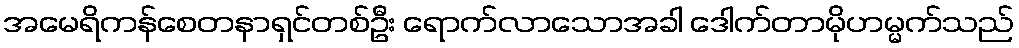
အမေရိကန်စေတနာရှင်တစ်ဦး ရောက်လာသောအခါ ဒေါက်တာမိုဟမ္မက်သည်